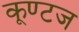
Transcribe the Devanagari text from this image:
कूण्टज